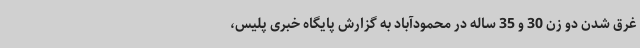
غرق شدن دو زن 30 و 35 ساله در محمودآباد به گزارش پایگاه خبری پلیس،